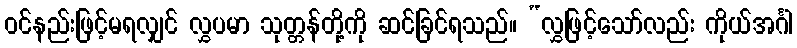
ဝင်နည်းဖြင့်မရလျှင် လွှပမာ သုတ္တန်တို့ကို ဆင်ခြင်ရသည်။ “လွှဖြင့်သော်လည်း ကိုယ်အင်္ဂါ